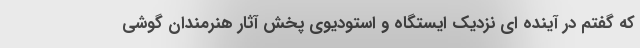
که گفتم در آینده ای نزدیک ایستگاه و استودیوی پخش آثار هنرمندان گوشی